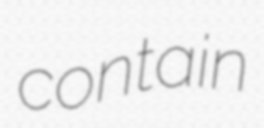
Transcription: contain